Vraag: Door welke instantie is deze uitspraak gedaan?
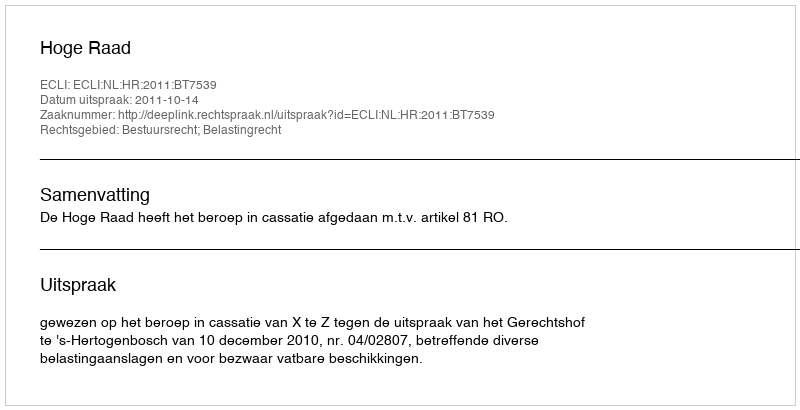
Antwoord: Hoge Raad